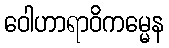
ဝေါဟာရာဝိကမ္မေန